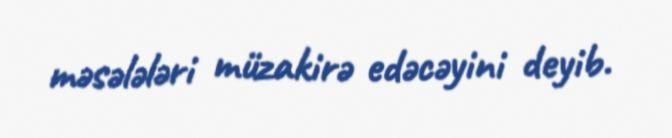
məsələləri müzakirə edəcəyini deyib.